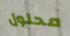
محلول